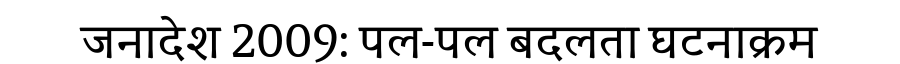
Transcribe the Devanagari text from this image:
जनादेश 2009: पल-पल बदलता घटनाक्रम